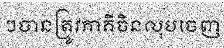
ៗបានត្រូវភាគីចិនលុបចេញ